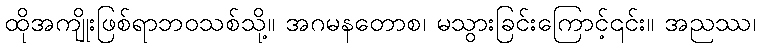
ထိုအကျိုးဖြစ်ရာဘဝသစ်သို့။ အဂမနတောစ၊ မသွားခြင်းကြောင့်၎င်း။ အညဿ၊